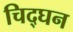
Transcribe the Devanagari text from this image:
चिद्घन